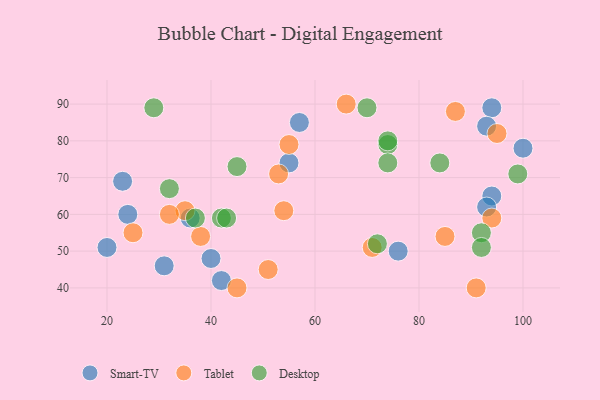
{"axis": {"x": "GDP", "y": "Life Expectancy"}, "legend": ["Desktop", "Smart-TV", "Tablet"], "data": [{"x": "55", "y": 74, "type": "Smart-TV"}, {"x": "23", "y": 69, "type": "Smart-TV"}, {"x": "76", "y": 50, "type": "Smart-TV"}, {"x": "94", "y": 65, "type": "Smart-TV"}, {"x": "31", "y": 46, "type": "Smart-TV"}, {"x": "20", "y": 51, "type": "Smart-TV"}, {"x": "36", "y": 59, "type": "Smart-TV"}, {"x": "57", "y": 85, "type": "Smart-TV"}, {"x": "94", "y": 89, "type": "Smart-TV"}, {"x": "42", "y": 42, "type": "Smart-TV"}, {"x": "24", "y": 60, "type": "Smart-TV"}, {"x": "93", "y": 62, "type": "Smart-TV"}, {"x": "100", "y": 78, "type": "Smart-TV"}, {"x": "40", "y": 48, "type": "Smart-TV"}, {"x": "93", "y": 84, "type": "Smart-TV"}, {"x": "85", "y": 54, "type": "Tablet"}, {"x": "87", "y": 88, "type": "Tablet"}, {"x": "66", "y": 90, "type": "Tablet"}, {"x": "35", "y": 61, "type": "Tablet"}, {"x": "94", "y": 59, "type": "Tablet"}, {"x": "95", "y": 82, "type": "Tablet"}, {"x": "54", "y": 61, "type": "Tablet"}, {"x": "53", "y": 71, "type": "Tablet"}, {"x": "91", "y": 40, "type": "Tablet"}, {"x": "71", "y": 51, "type": "Tablet"}, {"x": "32", "y": 60, "type": "Tablet"}, {"x": "25", "y": 55, "type": "Tablet"}, {"x": "45", "y": 40, "type": "Tablet"}, {"x": "38", "y": 54, "type": "Tablet"}, {"x": "51", "y": 45, "type": "Tablet"}, {"x": "55", "y": 79, "type": "Tablet"}, {"x": "42", "y": 59, "type": "Desktop"}, {"x": "99", "y": 71, "type": "Desktop"}, {"x": "74", "y": 79, "type": "Desktop"}, {"x": "74", "y": 74, "type": "Desktop"}, {"x": "74", "y": 80, "type": "Desktop"}, {"x": "37", "y": 59, "type": "Desktop"}, {"x": "92", "y": 55, "type": "Desktop"}, {"x": "84", "y": 74, "type": "Desktop"}, {"x": "92", "y": 51, "type": "Desktop"}, {"x": "72", "y": 52, "type": "Desktop"}, {"x": "32", "y": 67, "type": "Desktop"}, {"x": "70", "y": 89, "type": "Desktop"}, {"x": "29", "y": 89, "type": "Desktop"}, {"x": "43", "y": 59, "type": "Desktop"}, {"x": "45", "y": 73, "type": "Desktop"}]}